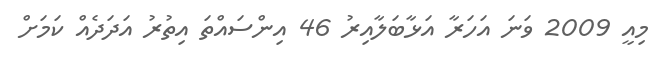
މިއީ 2009 ވަނަ އަހަރާ އަޅާބަލާއިރު 46 އިންސައްތަ އިތުރު އަދަދެއް ކަމަށް